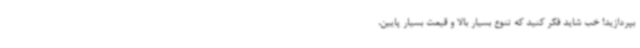
بپردازید! خب شاید فکر کنید که تنوع بسیار بالا و قیمت بسیار پایین،